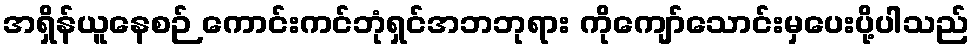
အရှိန်ယူနေစဉ် ကောင်းကင်ဘုံရှင်အဘဘုရား ကိုကျော်သောင်းမှပေးပို့ပါသည်